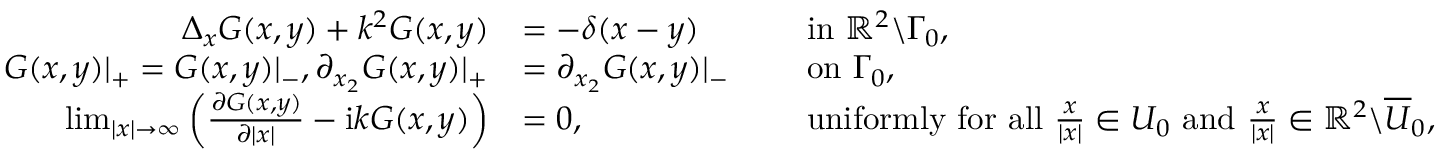
\begin{array} { r l r l } { \Delta _ { x } G ( x , y ) + k ^ { 2 } G ( x , y ) } & { = - \delta ( x - y ) } & & { \mathrm { ~ i n ~ } \mathbb { R } ^ { 2 } \backslash \Gamma _ { 0 } , } \\ { G ( x , y ) | _ { + } = G ( x , y ) | _ { - } , \partial _ { x _ { 2 } } G ( x , y ) | _ { + } } & { = \partial _ { x _ { 2 } } G ( x , y ) | _ { - } } & & { \mathrm { ~ o n ~ } \Gamma _ { 0 } , } \\ { \operatorname* { l i m } _ { | x | \to \infty } \left( \frac { \partial G ( x , y ) } { \partial | x | } - \mathrm { i } k G ( x , y ) \right) } & { = 0 , } & & { \mathrm { ~ u n i f o r m l y ~ f o r ~ a l l ~ } \frac { x } { | x | } \in U _ { 0 } \mathrm { ~ a n d ~ } \frac { x } { | x | } \in \mathbb { R } ^ { 2 } \backslash \overline { { U } } _ { 0 } , } \end{array}